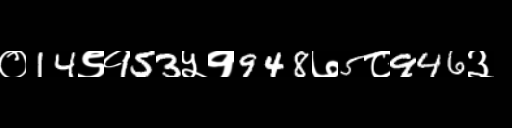
Text: ०14९१53५१948७5८946३